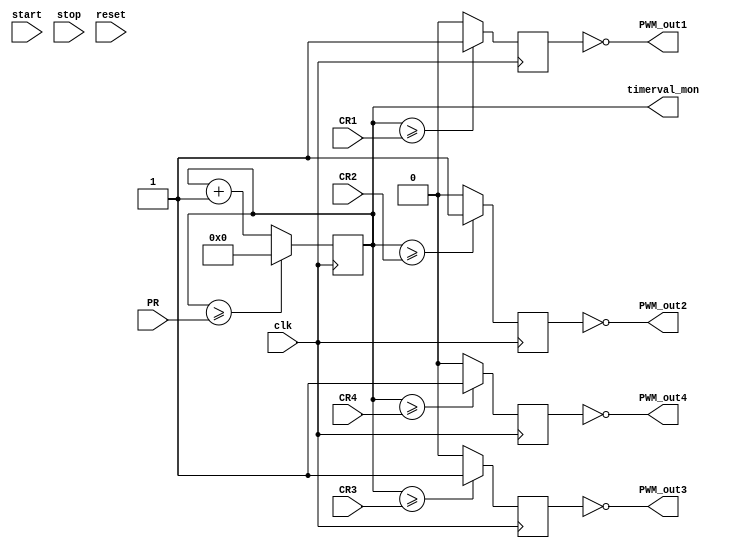
`timescale 1ns / 1ps
//////////////////////////////////////////////////////////////////////////////////
// Company: 
// Engineer: 
// 
// Design Name: 
// Module Name: PWM_Module
// Project Name: 
// Target Devices: 
// Tool Versions: 
// Description: 
// 
// Dependencies: 
// 
// Revision:
// Revision 0.01 - File Created
// Additional Comments:
// 
//////////////////////////////////////////////////////////////////////////////////


module PWM_core_module(
    input clk,      // Input Clock
    input [15:0] PR, // Period Value
    input [15:0] CR1, // Compare Value 1
    input [15:0] CR2, // Compare Value 2
    input [15:0] CR3, // Compare Value 3
    input [15:0] CR4, // Compare Value 4
    
    input start,
    input stop,
    input reset,
    
    output wire PWM_out1,
    output wire PWM_out2,
    output wire PWM_out3,
    output wire PWM_out4,
    output wire [15:0] timerval_mon
    );
    
reg pwm1;
reg pwm2;
reg pwm3;
reg pwm4;
reg [15:0] timerval;

assign PWM_out1 = ~pwm1;
assign PWM_out2 = ~pwm2;
assign PWM_out3 = ~pwm3;
assign PWM_out4 = ~pwm4;

assign timerval_mon = timerval;

initial
timerval = 16'h0000;

always @ (posedge clk)
begin 
    timerval <= (timerval >= PR)? 16'h0000 : (timerval + 1'b1);
    
    pwm1 <= (timerval >= CR1)? 1'b1 : 1'b0;
    pwm2 <= (timerval >= CR2)? 1'b1 : 1'b0;
    pwm3 <= (timerval >= CR3)? 1'b1 : 1'b0;
    pwm4 <= (timerval >= CR4)? 1'b1 : 1'b0;
end

endmodule